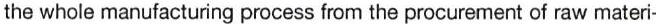
the whole manufacturing process from the procurement of raw materi-